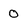
Character: 0